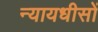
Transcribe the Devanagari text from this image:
न्यायधीसों